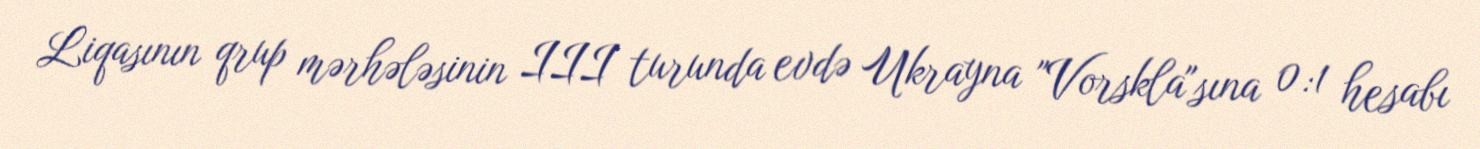
Liqasının qrup mərhələsinin III turunda evdə Ukrayna "Vorskla"sına 0:1 hesabı